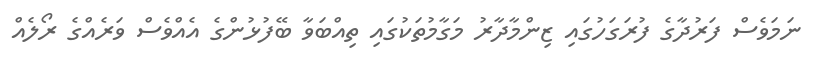
ނަމަވެސް ފަރުދާގެ ފުރަގަހުގައި ޒިންމާދާރު މަގާމުތަކުގައި ތިއްބަވާ ބޭފުޅުންގެ އެއްވެސް ވަރެއްގެ ރޯލެއް